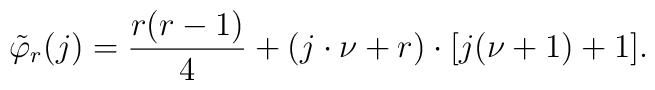
\tilde{\varphi}_r(j)= \frac{r(r-1)}{4}+(j\cdot\nu+r)\cdot[j(\nu+1)+1].